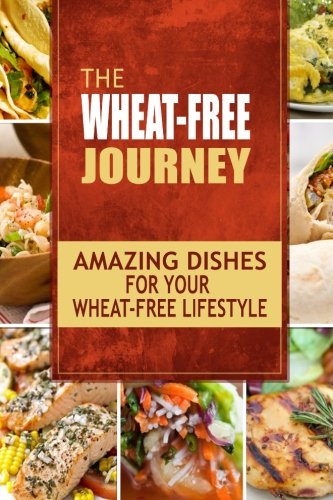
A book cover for The Wheat-Free Journey - Amazing Dishes for your Wheat-Free Lifestyle: Looking to a a whole new way of cooking and live a balanced wheat-free lifestyle?; Wheat Free Cookbook; Health, Fitness & Dieting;